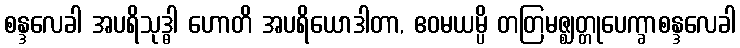
စန္ဒလေခါ အပရိသုဒ္ဓါ ဟောတိ အပရိယောဒါတာ, ဧဝမယမ္ပိ တတြမဇ္ဈတ္တုပေက္ခာစန္ဒလေခါ